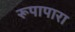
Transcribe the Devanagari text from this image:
रूपापारा